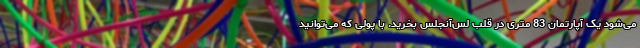
می‌شود یک آپارتمان 83 متری در قلب لس‌آنجلس بخرید. با پولی که می‌توانید